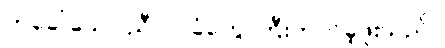
ဟုခေါ်သော ညီလာခံတွေ ကြီးတက်ခဲ့ဖူးသည်။